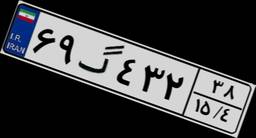
۶۹گ۴۳۲۳۸